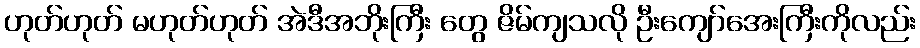
ဟုတ်ဟုတ် မဟုတ်ဟုတ် အဲဒီအဘိုးကြီး တွေ ဇိမ်ကျသလို ဦးကျော်အေးကြီးကိုလည်း